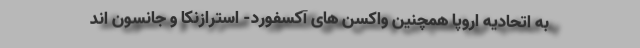
به اتحادیه اروپا همچنین واکسن های آکسفورد- استرازنکا و جانسون اند